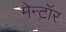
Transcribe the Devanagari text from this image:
मेन्टॉर